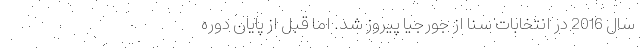
سال 2016 در انتخابات سنا از جورجیا پیروز شد. اما قبل از پایان دوره